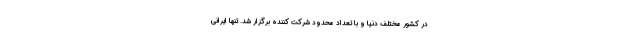
در کشور مختلف دنیا و با تعداد محدود شرکت کننده برگزار شد. تنها ایرانی